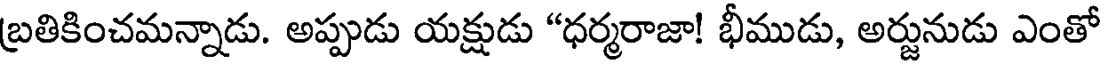
బ్రతికించమన్నాడు. అప్పుడు యక్షుడు "ధర్మరాజా! భీముడు, అర్జునుడు ఎంతో